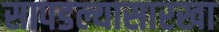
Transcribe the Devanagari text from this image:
सापडल्यासारखा